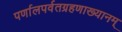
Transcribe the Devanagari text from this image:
पर्णालपर्वतग्रहणाख्यानम्